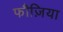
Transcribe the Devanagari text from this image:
फौज़िया